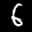
Label: 6